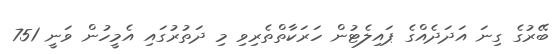
ބޭރުގެ ގިނަ އަދަދެއްގެ ޕައިލެޓުން ހަރަކާތްތެރިވި މި ދަތުރުގައި އެމީހުން ވަނީ 751